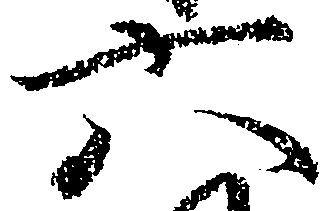
六